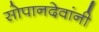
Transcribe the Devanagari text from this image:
सोपानदेवांनी